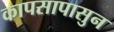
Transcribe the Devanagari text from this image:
कापसापासुन